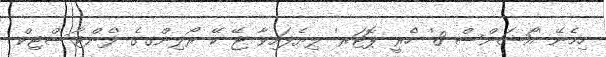
ހިމެނޭ 'އޯޝަންސް 8' 'ހެރީ ޕޮޓަރ' ލިޔެފައިވާ ޖޭ ކޭ ރޯލިންގގެ 'ފެންޓާސްޓިކް